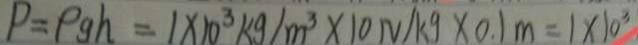
P = P g h = 1 \times 1 0 ^ { 3 } k g / m ^ { 3 } \times 1 0 N / k g \times 0 . 1 m = 1 \times 1 0 ^ { 3 }